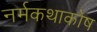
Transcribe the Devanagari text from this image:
नर्मकथाकोष